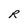
Character: R